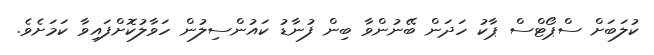
ކުލަބަށް ސްޕޯޓްސް ޕާކު ހަދަން ބޭނުންވާ ބިން ފުނާޑު ކައުންސިލުން ހަވާލުކޮށްފައިވާ ކަމަށެވެ.